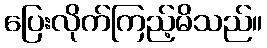
ပြေးလိုက်ကြည့်မိသည်။